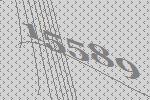
15589